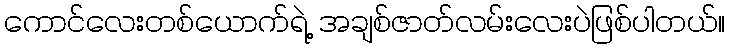
ကောင်လေးတစ်ယောက်ရဲ့ အချစ်ဇာတ်လမ်းလေးပဲဖြစ်ပါတယ်။